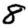
Digit: 8